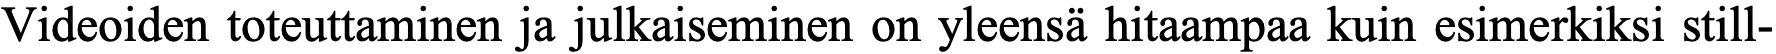
Videoiden toteuttaminen ja julkaiseminen on yleensä hitaampaa kuin esimerkiksi still-